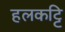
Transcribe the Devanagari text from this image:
हलकट्टि